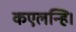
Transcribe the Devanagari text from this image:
कएलन्हि।